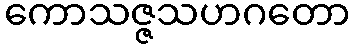
ကောသဇ္ဇသဟဂတော